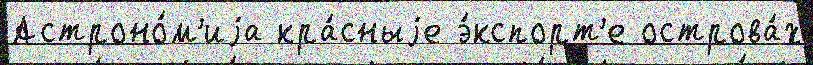
Астроно́м'иjа кра́сныjе э́кспорт'е острова́х